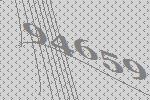
94659